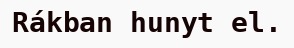
Rákban hunyt el.